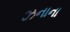
ઝનાના